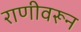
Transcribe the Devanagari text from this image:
राणीवरून